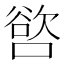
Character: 𭊖